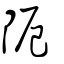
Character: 阨